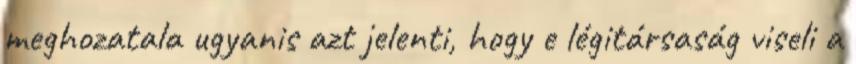
meghozatala ugyanis azt jelenti, hogy e légitársaság viseli a